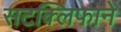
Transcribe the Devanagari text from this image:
सटक्लिफाने